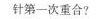
针第一次重合?